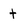
Character: t